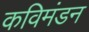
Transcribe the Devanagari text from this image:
कविमंडन